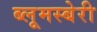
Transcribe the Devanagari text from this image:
ब्लूमस्बेरी